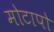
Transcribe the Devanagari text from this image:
मोटापो